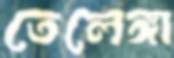
তেলেঙ্গা